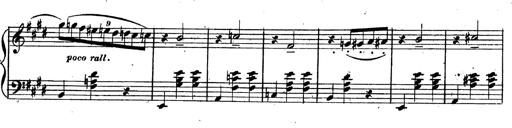
Title: 3 Caprices-Valses
Composer: Franz Liszt